system: You are a helpful assistant.
user:
Analyze the provided spectrum to determine if it is a **"Cataclysmic Variables (CV)"**.

- **Key Indicators for CV (Check for either state):**
    - **State 1: Quiescent / Low-State (Emission-Dominated)**
        - **(Primary):** Strong and *very broad* Hydrogen Balmer emission lines (e.g., $H\alpha$ at 6563 Å, $H\beta$ at 4861 Å). The 'broadness' (high velocity dispersion, often FWHM > 1000 km/s) is the key diagnostic, indicating a high-velocity accretion disk.
        - **(Secondary):** Broad neutral Helium (He I) emission lines (e.g., 5876 Å, 6678 Å).
        - **(Key Confirmation):** Presence of high-excitation *ionized* Helium (He II) emission at 4686 Å. This is a strong indicator of accretion onto a white dwarf.
        - **(Line Profile):** Emission lines may exhibit a 'double-peaked' profile, which is a classic signature of a rotating accretion disk viewed at high inclination.

    - **State 2: Outburst / High-State (Absorption-Dominated)**
        - **(Primary):** Spectrum is dominated by a bright, blue continuum (looks like a hot star).
        - **(Secondary):** The emission lines from State 1 are weak, absent, or 'filled in', and are replaced by broad, shallow *absorption* lines (primarily Balmer and He I).
        - **(Morphology):** The overall spectrum mimics a hot B/A-type star. The crucial difference is that the absorption lines are significantly broader, shallower, and more 'washed-out' (or 'smeared') than the sharp lines of a normal stellar photosphere, due to high rotational speeds and pressure broadening in the disk.

Think first, call **spectral_visualization_tool** if needed to examine features in detail, then provide your final answer. Your response must adhere to the following strict rules:
1.  **Overall Structure:** Your response must follow the format `<think>...</think> <tool_call>...</tool_call> (if a tool is used) <answer>...</answer>`.
2.  **Tool Usage Constraint:** You may only make **one** tool call per turn.
3.  **Final Answer Format:** In the `<answer>` tag, your conclusion must be inside a `\boxed{}` command (e.g., `\boxed{YES}`), followed by your justification.

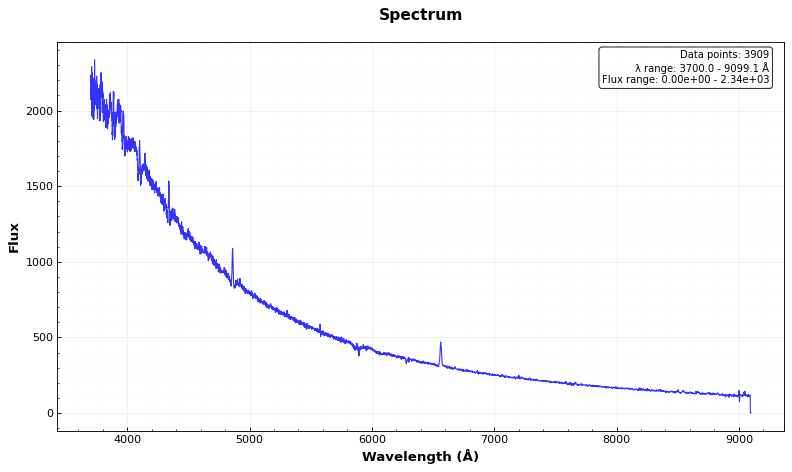
Answer: YES